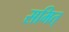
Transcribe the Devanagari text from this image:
समित्